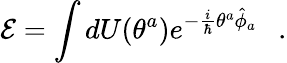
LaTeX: {\cal E}=\int dU(\theta^{a})e^{-\frac{i}{\hbar}\theta^{a}\hat{\phi}_{a}}\ \ \ .